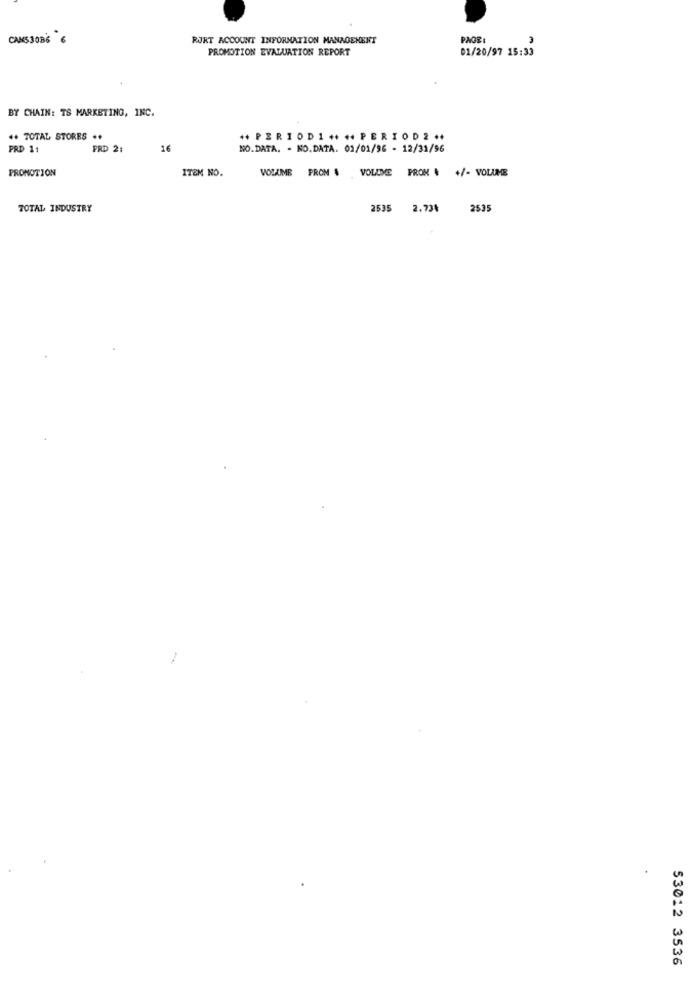
CAMS3086 6
RURT ACCOUNT INFORMATION MANAGEMENT
PAGE:
PROMOTION EVALUATION REPORT
01/20/97 15:33
BY CHAIN: TS MARKETING, INC.
** TOTAL STORES ..
++ PERIOD1 ++ ++ PERIOD 2 ·+
PRD 1
PRD 21
16
NO.DATA. . NO.DATA. 03/01/96 - 12/31/96
PROMOTION
ITEM NO.
VOLUME PROM & VOLUME PROM . +/- VOLUME
TOTAL INDUSTRY
2535
2.73%
2535
53012 3536